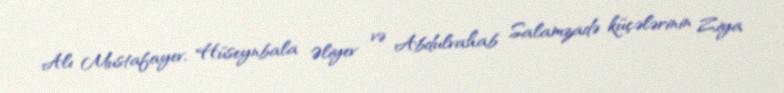
Alı Mustafayev, Hüseynbala Əliyev və Abdulvahab Salamzadə küçələrinin Ziya